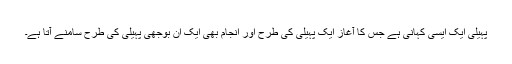
پہیلی ایک ایسی کہانی ہے جس کا آغاز ایک پہیلی کی طرح اور انجام بھی ایک ان بوجھی پہیلی کی طرح سامنے آتا ہے۔